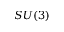
S U ( 3 )